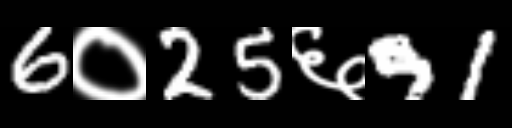
Text: 6०25६91